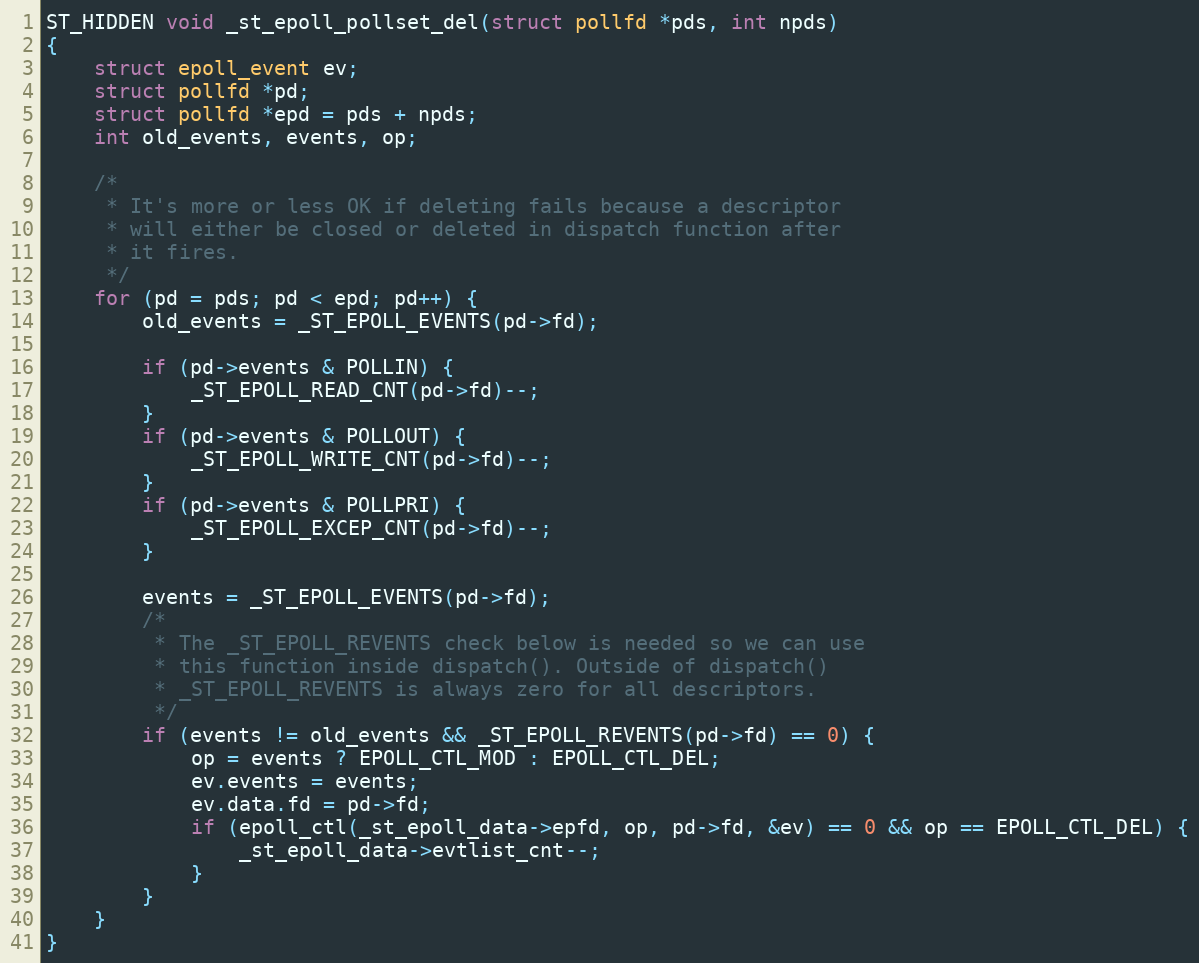
Language: C
ST_HIDDEN void _st_epoll_pollset_del(struct pollfd *pds, int npds)
{
    struct epoll_event ev;
    struct pollfd *pd;
    struct pollfd *epd = pds + npds;
    int old_events, events, op;

    /*
     * It's more or less OK if deleting fails because a descriptor
     * will either be closed or deleted in dispatch function after
     * it fires.
     */
    for (pd = pds; pd < epd; pd++) {
        old_events = _ST_EPOLL_EVENTS(pd->fd);

        if (pd->events & POLLIN) {
            _ST_EPOLL_READ_CNT(pd->fd)--;
        }
        if (pd->events & POLLOUT) {
            _ST_EPOLL_WRITE_CNT(pd->fd)--;
        }
        if (pd->events & POLLPRI) {
            _ST_EPOLL_EXCEP_CNT(pd->fd)--;
        }

        events = _ST_EPOLL_EVENTS(pd->fd);
        /*
         * The _ST_EPOLL_REVENTS check below is needed so we can use
         * this function inside dispatch(). Outside of dispatch()
         * _ST_EPOLL_REVENTS is always zero for all descriptors.
         */
        if (events != old_events && _ST_EPOLL_REVENTS(pd->fd) == 0) {
            op = events ? EPOLL_CTL_MOD : EPOLL_CTL_DEL;
            ev.events = events;
            ev.data.fd = pd->fd;
            if (epoll_ctl(_st_epoll_data->epfd, op, pd->fd, &ev) == 0 && op == EPOLL_CTL_DEL) {
                _st_epoll_data->evtlist_cnt--;
            }
        }
    }
}